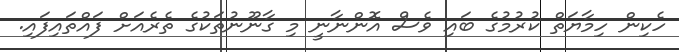
ހެކިން ހިމާޔަތް ކުރުމުގެ ބައި ވެސް އޮންނާނީ މި ގާނޫނުތަކުގެ ތެރެއަށް ފައްތައިފައި.